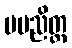
မမညိတ္ထ